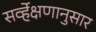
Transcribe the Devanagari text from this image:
सर्व्हेक्षणानुसार